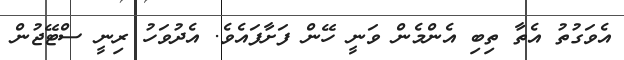
އެވަގުތު އެތާ ތިބި އެންމެން ވަނީ ހޭން ފަށާފައެވެ. އެދުވަހު ރިނީ ސްޓޭޖުން